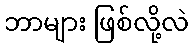
ဘာများ ဖြစ်လို့လဲ